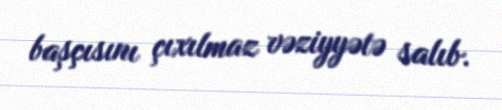
başçısını çıxılmaz vəziyyətə salıb.